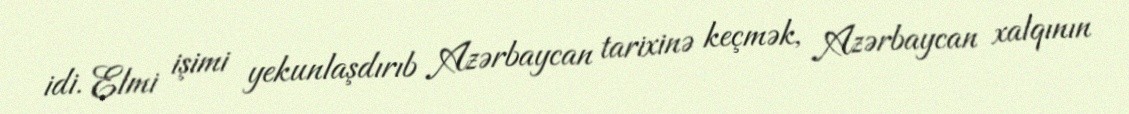
idi. Elmi işimi yekunlaşdırıb Azərbaycan tarixinə keçmək, Azərbaycan xalqının